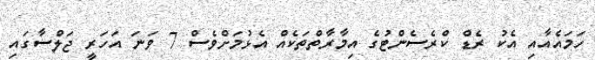
ހަމައެއާއި އެކު ރެޑް ކްރެސެންޓުގެ އިމާރާތްތަކެއް އެޅުމަށްވެސް 7 ވަނަ އަހަރީ ޖަލްސާގައި